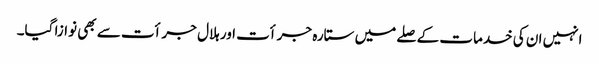
انہیں ان کی خدمات کے صلے میں ستارہ جرأت اور ہلال جرأت سے بھی نوازا گیا۔